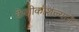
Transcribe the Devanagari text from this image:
केलीकौशल्याने